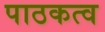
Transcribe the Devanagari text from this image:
पाठकत्व